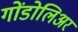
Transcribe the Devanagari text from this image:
गोंडोलिअर